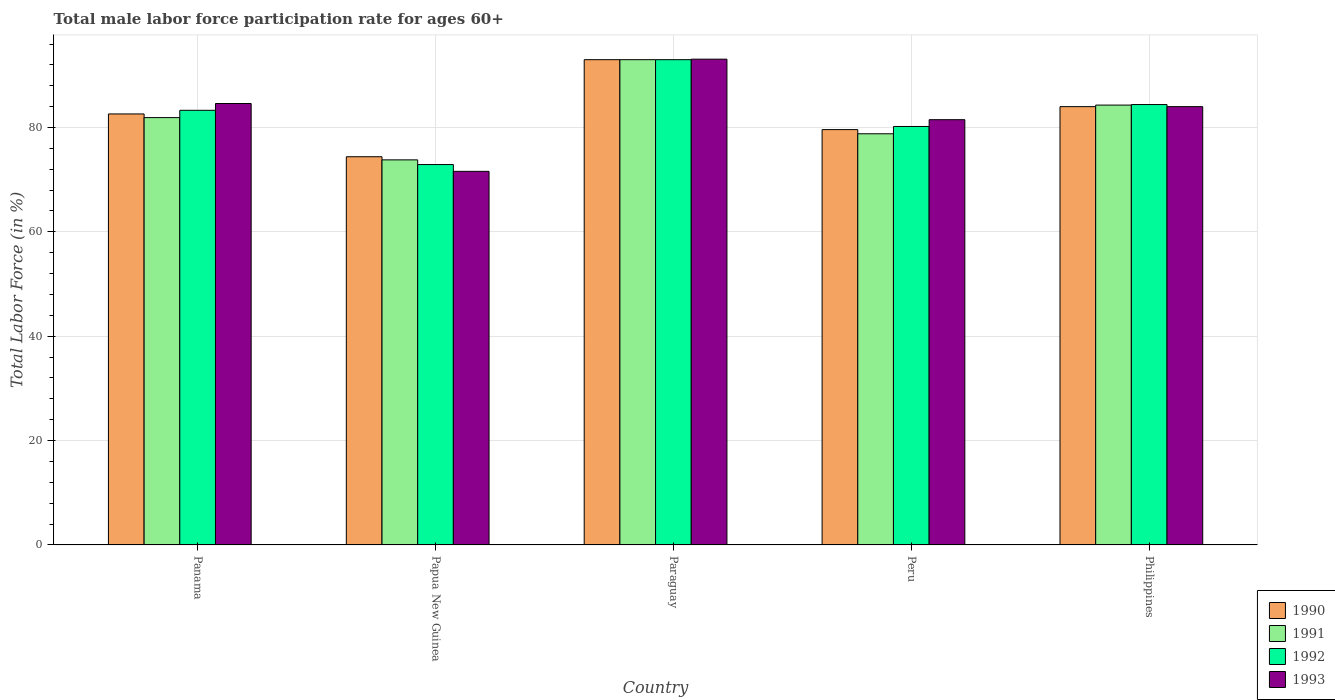
| Country | 1990 | 1991 | 1992 | 1993 |
 | --- | --- | --- | --- | --- |
 | Panama | 82.6 | 81.9 | 83.3 | 84.6 |
 | Papua New Guinea | 74.4 | 73.8 | 72.9 | 71.6 |
 | Paraguay | 93 | 93 | 93 | 93.1 |
 | Peru | 79.6 | 78.8 | 80.2 | 81.5 |
 | Philippines | 84 | 84.3 | 84.4 | 84 |